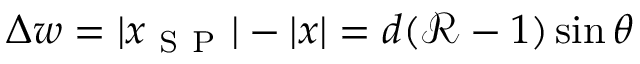
\Delta w = | x _ { \mathrm { ~ S ~ P ~ } } | - | x | = d ( \mathcal { R } - 1 ) \sin { \theta }